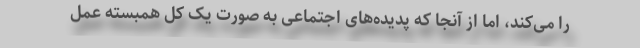
را می‌کند، اما از آنجا که پدیده‌های اجتماعی به صورت یک کل همبسته عمل